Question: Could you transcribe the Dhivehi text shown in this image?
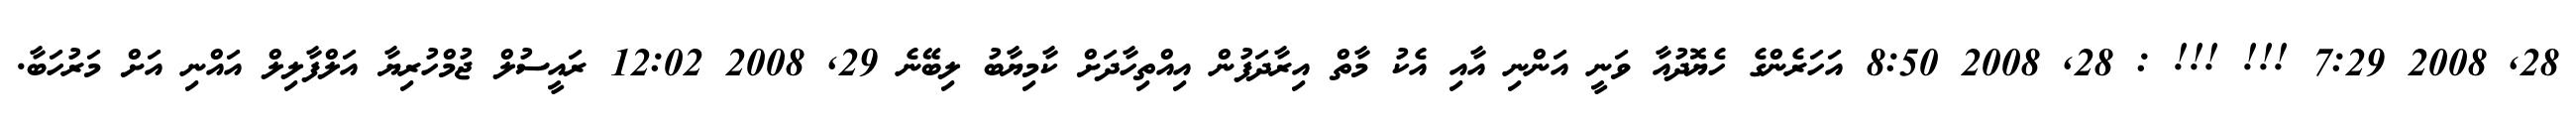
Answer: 28, 2008 7:29 !!! !!! : 28, 2008 8:50 އަހަރެންގެ ހެޔޮދުއާ ވަނީ އަންނި އާއި އެކު މާތް އިރާދަފުން އިއްތިހާދަށް ކާމިޔާބު ލިބޭނެ 29, 2008 12:02 ރައީސުލް ޖުމްހުރިޔާ އަލްފާލިލް އައްނި އަށް މަރުހަބާ.